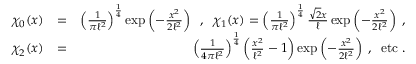
\begin{array} { r l r } { \chi _ { 0 } ( x ) } & { = } & { \left( \frac { 1 } { \pi \ell ^ { 2 } } \right) ^ { \frac { 1 } { 4 } } \exp \left( - \frac { x ^ { 2 } } { 2 \ell ^ { 2 } } \right) \; \; , \; \; \chi _ { 1 } ( x ) = \left( \frac { 1 } { \pi \ell ^ { 2 } } \right) ^ { \frac { 1 } { 4 } } \frac { \sqrt { 2 } x } { \ell } \exp \left( - \frac { x ^ { 2 } } { 2 \ell ^ { 2 } } \right) \; , } \\ { \chi _ { 2 } ( x ) } & { = } & { \left( \frac { 1 } { 4 \pi \ell ^ { 2 } } \right) ^ { \frac { 1 } { 4 } } \left( \frac { x ^ { 2 } } { \ell ^ { 2 } } - 1 \right) \exp \left( - \frac { x ^ { 2 } } { 2 \ell ^ { 2 } } \right) \; , \; \; \mathrm { e t c } \; . } \end{array}